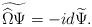
LaTeX: \begin{align*}\widetilde{\widehat \Omega \Psi} = -i d \widetilde \Psi. \end{align*}